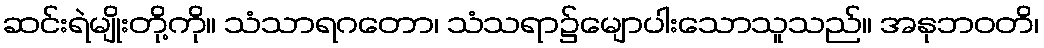
ဆင်းရဲမျိုးတို့ကို။ သံသာရဂတော၊ သံသရာ၌မျောပါးသောသူသည်။ အနုဘဝတိ၊